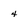
Character: 4